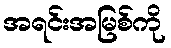
အရင်းအမြစ်ကို